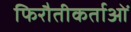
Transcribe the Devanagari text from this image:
फिरौतीकर्ताओं